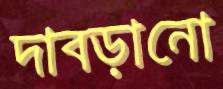
দাবড়ানো